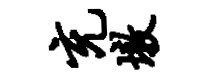
充墩